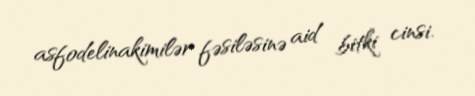
asfodelinakimilər fəsiləsinə aid bitki cinsi.